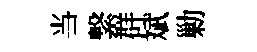
当繋群斌勦